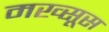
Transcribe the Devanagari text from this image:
मख्सूस